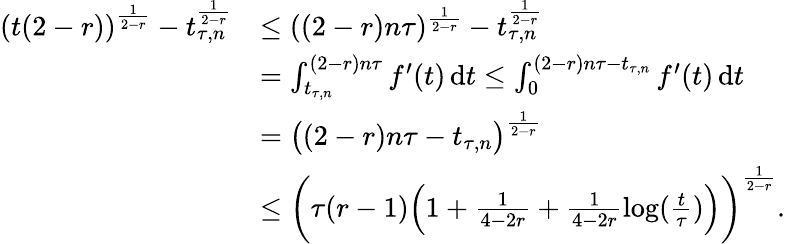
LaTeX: \begin{array}{rl}{\left(t(2-r)\right)^{\frac{1}{2-r}}-t_{\tau,n}^{\frac{1}{2-r}}}&{\leq((2-r)n\tau)^{\frac{1}{2-r}}-t_{\tau,n}^{\frac{1}{2-r}}}\\ &{=\int_{t_{\tau,n}}^{(2-r)n\tau}f^{\prime}(t)\, \mathrm{d}t\leq\int_{0}^{(2-r)n\tau-t_{\tau,n}}f^{\prime}(t)\, \mathrm{d}t}\\ &{=\big((2-r)n\tau-t_{\tau,n}\big)^{\frac{1}{2-r}}}\\ &{\leq\bigg(\tau(r-1)\Big(1+\frac{1}{4-2r}+\frac{1}{4-2r}\log(\frac{t}{\tau})\Big)\bigg)^{\frac{1}{2-r}}.}\end{array}